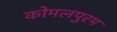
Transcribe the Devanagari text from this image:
कोमलपुरम